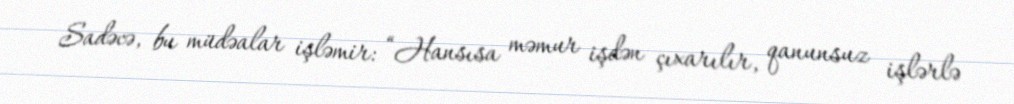
Sadəcə, bu müdəalar işləmir: “Hansısa məmur işdən çıxarılır, qanunsuz işlərlə